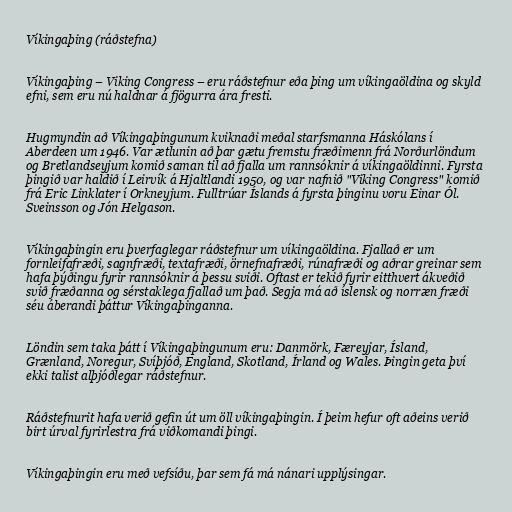
Víkingaþing (ráðstefna)

Víkingaþing – Viking Congress – eru ráðstefnur eða þing um víkingaöldina og skyld
efni, sem eru nú haldnar á fjögurra ára fresti.

Hugmyndin að Víkingaþingunum kviknaði meðal starfsmanna Háskólans í
Aberdeen um 1946. Var ætlunin að þar gætu fremstu fræðimenn frá Norðurlöndum
og Bretlandseyjum komið saman til að fjalla um rannsóknir á víkingaöldinni. Fyrsta
þingið var haldið í Leirvík á Hjaltlandi 1950, og var nafnið "Viking Congress" komið
frá Eric Linklater í Orkneyjum. Fulltrúar Íslands á fyrsta þinginu voru Einar Ól.
Sveinsson og Jón Helgason.

Víkingaþingin eru þverfaglegar ráðstefnur um víkingaöldina. Fjallað er um
fornleifafræði, sagnfræði, textafræði, örnefnafræði, rúnafræði og aðrar greinar sem
hafa þýðingu fyrir rannsóknir á þessu sviði. Oftast er tekið fyrir eitthvert ákveðið
svið fræðanna og sérstaklega fjallað um það. Segja má að íslensk og norræn fræði
séu áberandi þáttur Víkingaþinganna.

Löndin sem taka þátt í Víkingaþingunum eru: Danmörk, Færeyjar, Ísland,
Grænland, Noregur, Svíþjóð, England, Skotland, Írland og Wales. Þingin geta því
ekki talist alþjóðlegar ráðstefnur.

Ráðstefnurit hafa verið gefin út um öll víkingaþingin. Í þeim hefur oft aðeins verið
birt úrval fyrirlestra frá viðkomandi þingi.

Víkingaþingin eru með vefsíðu, þar sem fá má nánari upplýsingar.